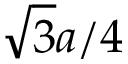
\sqrt { 3 } a / 4